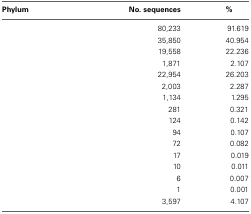
<table><thead><tr><td><b>Phylum</b></td><td><b>No. sequences</b></td><td><b>%</b></td></tr></thead><tbody><tr><td>[EMPTY_CELL]</td><td>80,233</td><td>91.619</td></tr><tr><td>[EMPTY_CELL]</td><td>35,850</td><td>40.954</td></tr><tr><td>[EMPTY_CELL]</td><td>19,558</td><td>22.236</td></tr><tr><td>[EMPTY_CELL]</td><td>1,871</td><td>2.107</td></tr><tr><td>[EMPTY_CELL]</td><td>22,954</td><td>26.203</td></tr><tr><td>[EMPTY_CELL]</td><td>2,003</td><td>2.287</td></tr><tr><td>[EMPTY_CELL]</td><td>1,134</td><td>1.295</td></tr><tr><td>[EMPTY_CELL]</td><td>281</td><td>0.321</td></tr><tr><td>[EMPTY_CELL]</td><td>124</td><td>0.142</td></tr><tr><td>[EMPTY_CELL]</td><td>94</td><td>0.107</td></tr><tr><td>[EMPTY_CELL]</td><td>72</td><td>0.082</td></tr><tr><td>[EMPTY_CELL]</td><td>17</td><td>0.019</td></tr><tr><td>[EMPTY_CELL]</td><td>10</td><td>0.011</td></tr><tr><td>[EMPTY_CELL]</td><td>6</td><td>0.007</td></tr><tr><td>[EMPTY_CELL]</td><td>1</td><td>0.001</td></tr><tr><td>[EMPTY_CELL]</td><td>3,597</td><td>4.107</td></tr></tbody></table>